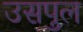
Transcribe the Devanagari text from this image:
उसपुल